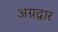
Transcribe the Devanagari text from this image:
अग्रद्वार